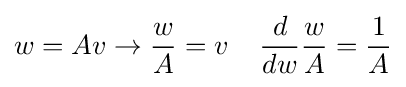
w=Av\rightarrow {\frac {w}{A}}=v\;\;\;\;{\frac {d}{dw}}{\frac {w}{A}}={\frac {1}{A}}